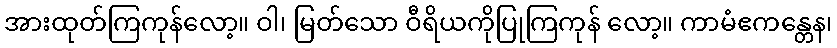
အားထုတ်ကြကုန်လော့။ ဝါ၊ မြတ်သော ဝီရိယကိုပြုကြကုန် လော့။ ကာမံဧကန္တေန၊